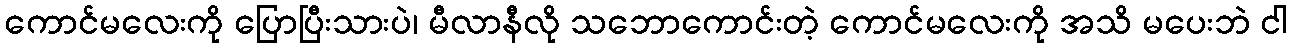
ကောင်မလေးကို ပြောပြီးသားပဲ၊ မီလာနီလို သဘောကောင်းတဲ့ ကောင်မလေးကို အသိ မပေးဘဲ ငါ